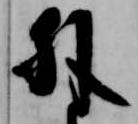
外